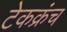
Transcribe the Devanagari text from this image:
टेकक्रंच